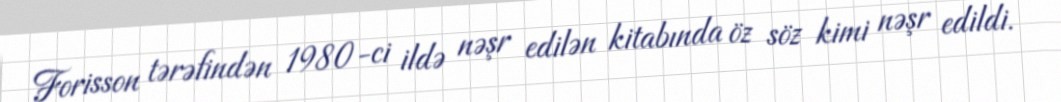
Forisson tərəfindən 1980-ci ildə nəşr edilən kitabında öz söz kimi nəşr edildi.